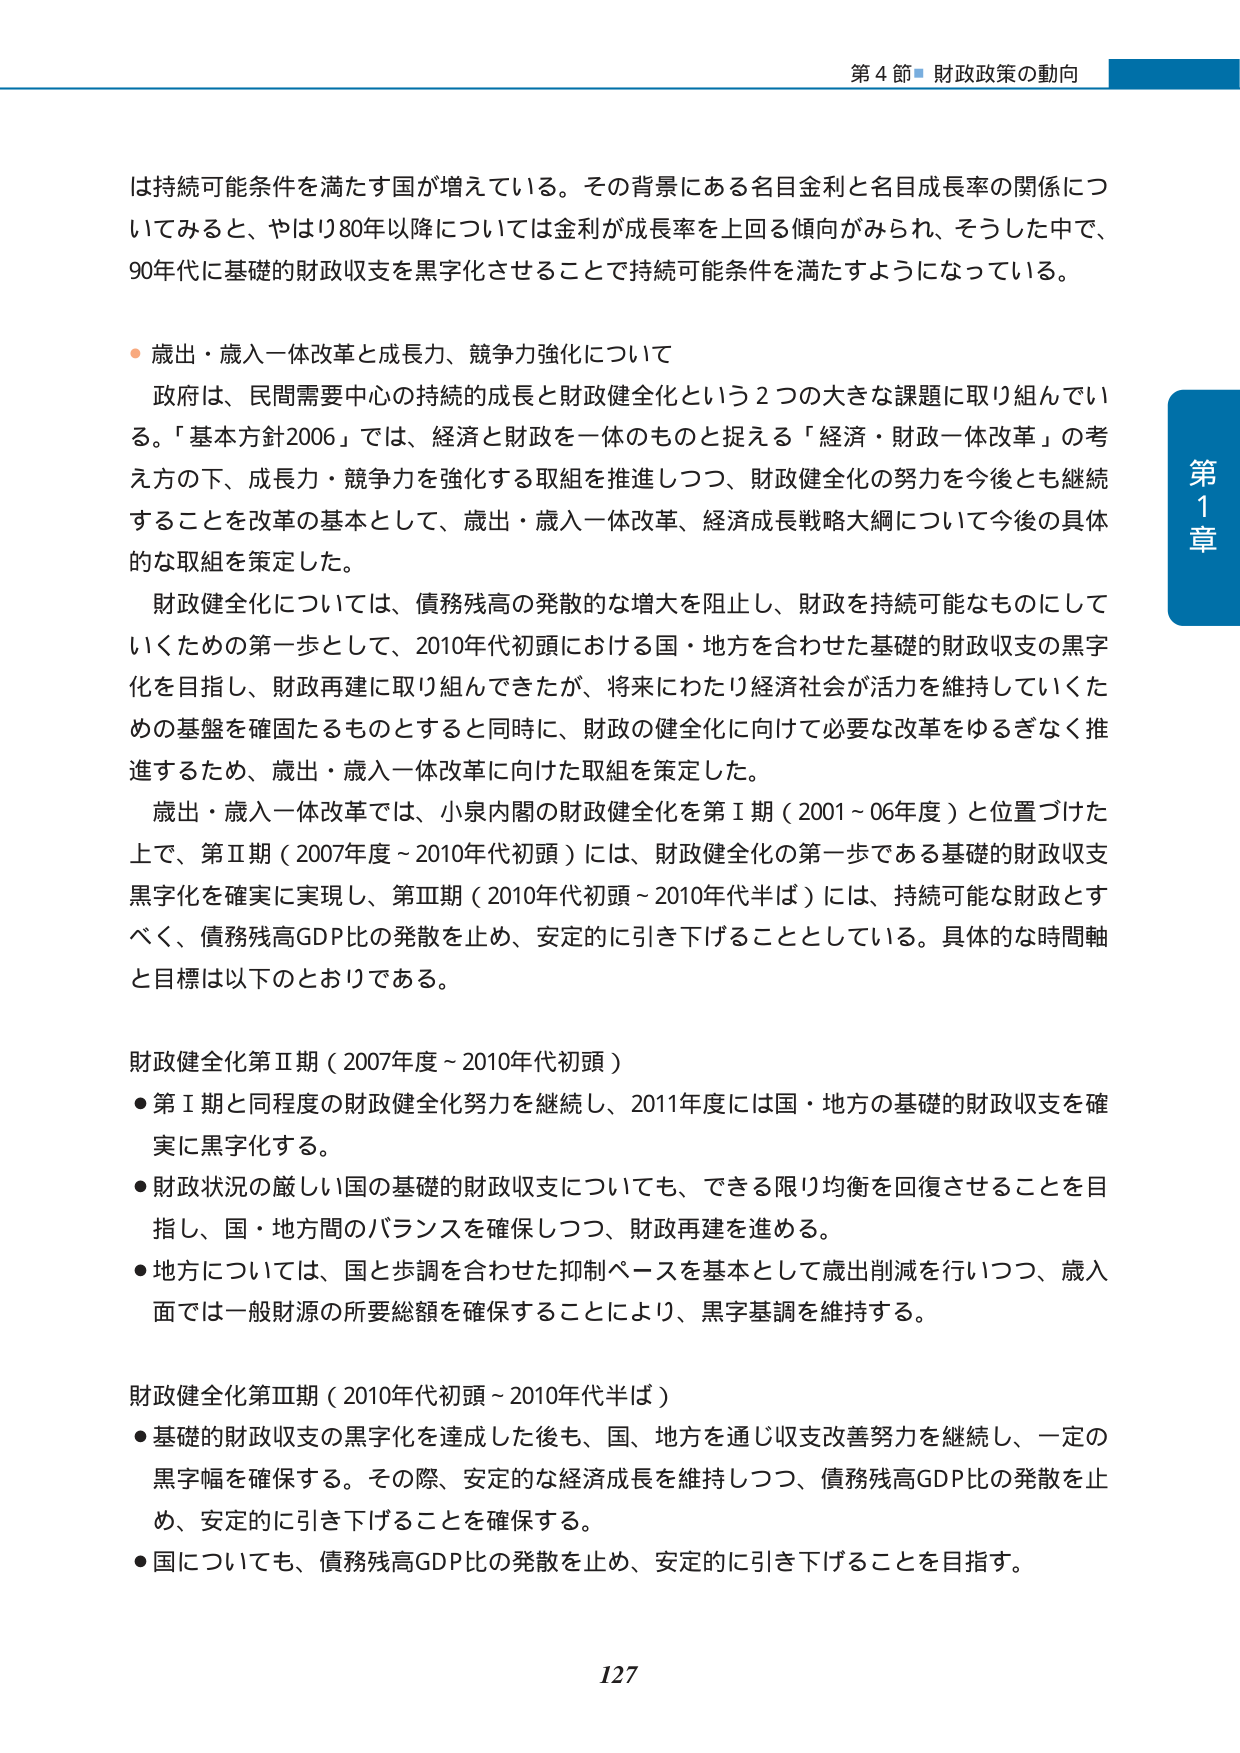
第4節 財政政策の動向

は持続可能条件を満たす国が増えている。その背景にある名目金利と名目成長率の関係についてみると、やはり80年以降については金利が成長率を上回る傾向がみられ、そうした中で、90年代に基礎的財政収支を黒字化させることで持続可能条件を満たすようになっている。

・歳出・歳入一体改革と成長力、競争力強化について

政府は、民間需要中心の持続的成長と財政健全化という2つの大きな課題に取り組んでいる。「基本方針2006」では、経済と財政を一体のものと捉える「経済・財政一体改革」の考え方の下、成長力・競争力を強化する取組を推進しつつ、財政健全化の努力を今後とも継続することを改革の基本として、歳出・歳入一体改革、経済成長戦略大綱について今後の具体的な取組を策定した。

財政健全化については、債務残高の発散的な増大を阻止し、財政を持続可能なものにしていくための第一歩として、2010年代初頭における国・地方を合わせた基礎的財政収支の黒字化を目指し、財政再建に取り組んできたが、将来にわたり経済社会が活力を維持していくための基盤を確固たるものとすると同時に、財政の健全化に向けて必要な改革をゆるぎなく推進するため、歳出・歳入一体改革に向けた取組を策定した。

歳出・歳入一体改革では、小泉内閣の財政健全化を第Ⅰ期（2001～06年度）と位置づけた上で、第Ⅱ期（2007年度～2010年代初頭）には、財政健全化の第一歩である基礎的財政収支黒字化を確実に実現し、第Ⅲ期（2010年代初頭～2010年代半ば）には、持続可能な財政とすべく、債務残高GDP比の発散を止め、安定的に引き下げることとしている。具体的な時間軸と目標は以下のとおりである。

財政健全化第Ⅱ期（2007年度～2010年代初頭）
・第Ⅰ期と同程度の財政健全化努力を継続し、2011年度には国・地方の基礎的財政収支を確実に黒字化する。
・財政状況の厳しい国の基礎的財政収支についても、できる限り均衡を回復させることを目指し、国・地方間のバランスを確保しつつ、財政再建を進める。
・地方については、国と歩調を合わせた抑制ペースを基本として歳出削減を行いつつ、歳入面では一般財源の所要総額を確保することにより、黒字基調を維持する。

財政健全化第Ⅲ期（2010年代初頭～2010年代半ば）
・基礎的財政収支の黒字化を達成した後も、国、地方を通じ収支改善努力を継続し、一定の黒字幅を確保する。その際、安定的な経済成長を維持しつつ、債務残高GDP比の発散を止め、安定的に引き下げることを確保する。
・国についても、債務残高GDP比の発散を止め、安定的に引き下げることを目指す。

第1章

127